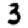
Digit: 3